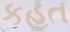
કહત